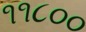
૧૧૮૦૦